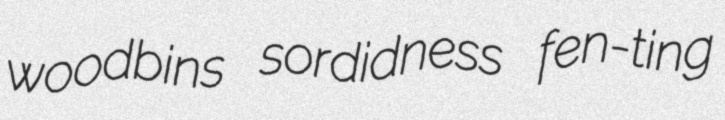
woodbins sordidness fen-ting